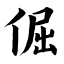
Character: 倔